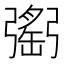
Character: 𢐥